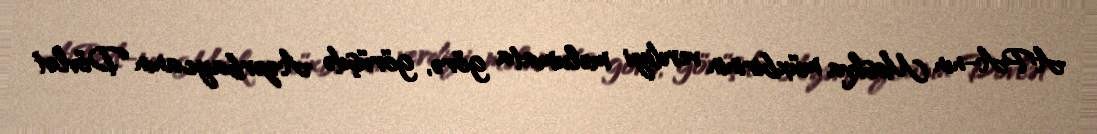
APA-nın Moskva müxbirinin verdiyi məlumata görə, görüşdə Azərbaycanın Dövlət